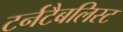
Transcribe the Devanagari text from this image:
टर्नटैबलिस्ट